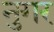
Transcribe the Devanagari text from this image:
नुगर